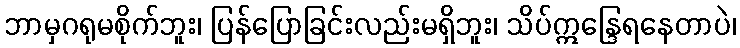
ဘာမှဂရုမစိုက်ဘူး၊ ပြန်ပြောခြင်းလည်းမရှိဘူး၊ သိပ်ဣန္ဒြေရနေတာပဲ၊